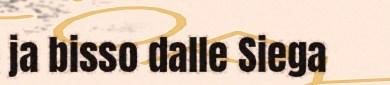
ja bisso dalle Siega